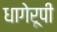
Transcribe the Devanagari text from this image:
धागेरूपी